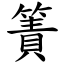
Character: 簀